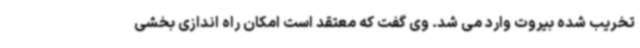
تخریب شده بیروت وارد می شد. وی گفت که معتقد است امکان راه اندازی بخشی